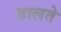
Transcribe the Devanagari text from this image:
दालते